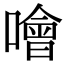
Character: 噲